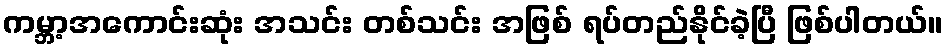
ကမ္ဘာ့အကောင်းဆုံး အသင်း တစ်သင်း အဖြစ် ရပ်တည်နိုင်ခဲ့ပြီ ဖြစ်ပါတယ်။